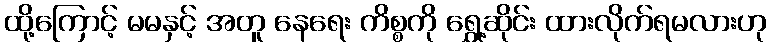
ထို့ကြောင့် မမနှင့် အတူ နေရေး ကိစ္စကို ရွှေ့ဆိုင်း ထားလိုက်ရမလားဟု